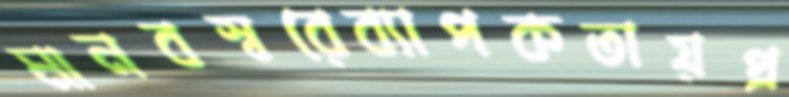
মানবস্বরেব্যাপকতায়প্র